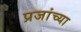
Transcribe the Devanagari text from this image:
प्रजांच्या